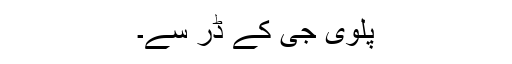
پلوی جی کے ڈر سے۔